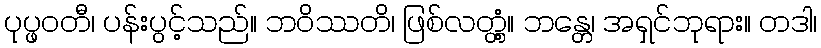
ပုပ္ဖဝတီ၊ ပန်းပွင့်သည်။ ဘဝိဿတိ၊ ဖြစ်လတ္တံ့။ ဘန္တေ၊ အရှင်ဘုရား။ တဒါ၊